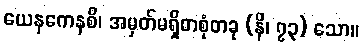
ယေနကေနစိ၊ အမှတ်မရှိတစုံတခု (နိ၊ ၇၃) သော။